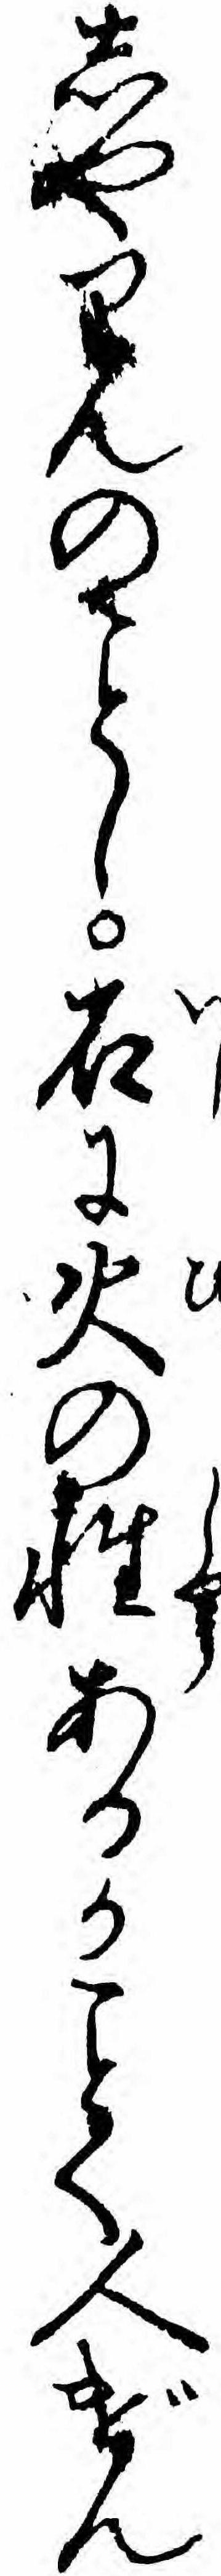
しやりんのし石に火の性あるかく人げん